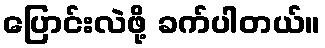
ပြောင်းလဲဖို့ ခက်ပါတယ်။